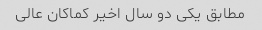
مطابق یکی دو سال اخیر کماکان عالی